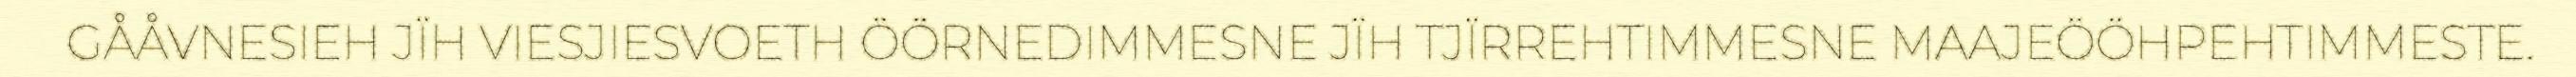
GÅÅVNESIEH JÏH VIESJIESVOETH ÖÖRNEDIMMESNE JÏH TJÏRREHTIMMESNE MAAJEÖÖHPEHTIMMESTE.